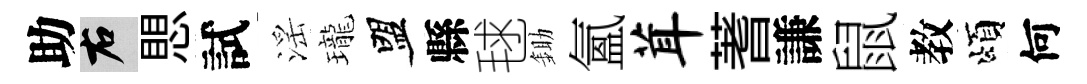
助右愳試滛瓏盟縣毬鋤氳茸蓍謙鼠教頌何